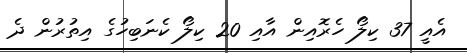
އެއީ 37 ކިލޯ ހެރޮއިން އާއި 20 ކިލޯ ކެނަބިހުގެ އިތުރުން ދެ